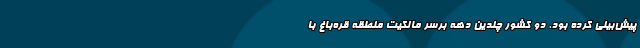
پیش‌بینی کرده بود. دو کشور چندین دهه برسر مالکیت منطقه قره‌باغ با